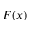
F ( x )